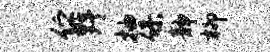
伫野抽保静柳